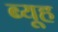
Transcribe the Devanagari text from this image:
ब्यूह